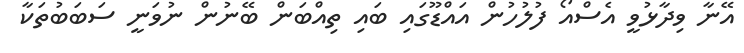
އޭނާ ވިދާޅުވީ އެސްއޯ ފުލުހުން އައްޑޫގައި ބައި ތިއްބަން ބޭނުން ނުވަނީ ސަބަބުތަކާ